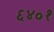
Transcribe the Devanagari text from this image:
६४०१